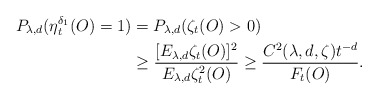
\begin{align*}P_{\lambda,d}(\eta_{t}^{\delta_1}(O)=1)&=P_{\lambda,d}(\zeta_t(O)>0)\\&\geq\frac{[E_{\lambda,d}\zeta_t(O)]^2}{E_{\lambda,d}\zeta_t^2(O)}\geq\frac{C^2(\lambda,d,\zeta)t^{-d}}{F_t(O)}.\end{align*}